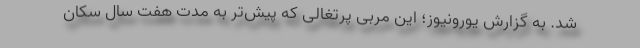
شد. به گزارش یورونیوز؛ این مربی پرتغالی که پیش‌تر به مدت هفت سال سکان